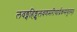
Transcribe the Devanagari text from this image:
लवङ्गहिङ्गुलवणमरीचार्द्रकसंयुतम्॥